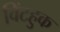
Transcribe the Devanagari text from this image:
विंटहुक